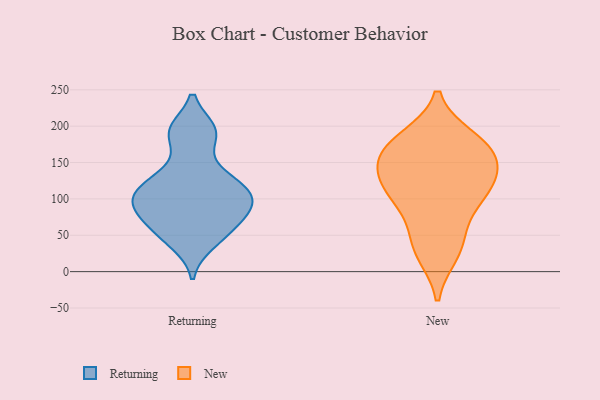
{"axis": {"x": "Tickets Resolved", "y": "Value"}, "legend": ["New", "Returning"], "data": [{"x": "", "y": 106, "type": "Returning"}, {"x": "", "y": 117, "type": "Returning"}, {"x": "", "y": 194, "type": "Returning"}, {"x": "", "y": 194, "type": "Returning"}, {"x": "", "y": 122, "type": "Returning"}, {"x": "", "y": 189, "type": "Returning"}, {"x": "", "y": 116, "type": "Returning"}, {"x": "", "y": 60, "type": "Returning"}, {"x": "", "y": 143, "type": "Returning"}, {"x": "", "y": 71, "type": "Returning"}, {"x": "", "y": 100, "type": "Returning"}, {"x": "", "y": 49, "type": "Returning"}, {"x": "", "y": 39, "type": "Returning"}, {"x": "", "y": 85, "type": "Returning"}, {"x": "", "y": 90, "type": "Returning"}, {"x": "", "y": 87, "type": "Returning"}, {"x": "", "y": 166, "type": "New"}, {"x": "", "y": 152, "type": "New"}, {"x": "", "y": 130, "type": "New"}, {"x": "", "y": 31, "type": "New"}, {"x": "", "y": 105, "type": "New"}, {"x": "", "y": 183, "type": "New"}, {"x": "", "y": 161, "type": "New"}, {"x": "", "y": 120, "type": "New"}, {"x": "", "y": 127, "type": "New"}, {"x": "", "y": 25, "type": "New"}, {"x": "", "y": 50, "type": "New"}, {"x": "", "y": 87, "type": "New"}, {"x": "", "y": 166, "type": "New"}, {"x": "", "y": 183, "type": "New"}, {"x": "", "y": 105, "type": "New"}]}